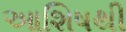
આશિષથી